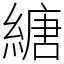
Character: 䌅